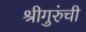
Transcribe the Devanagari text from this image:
श्रीगुरुंंची